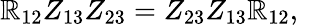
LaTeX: \mathbb{R}_{12}Z_{13}Z_{23}=Z_{23}Z_{13}\mathbb{R}_{12},\quad